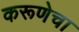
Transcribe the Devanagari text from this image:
करूणेचा